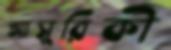
আসুরিকী